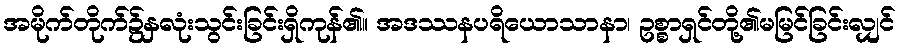
အမိုက်တိုက်၌နှလုံးသွင်းခြင်းရှိကုန်၏။ အဒဿနပရိယောသာနာ၊ ဥစ္စာရှင်တို့၏မမြင်ခြင်းလျှင်